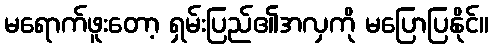
မရောက်ဖူးတော့ ရှမ်းပြည်၏အလှကို မပြောပြနိုင်။